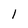
Character: 1